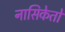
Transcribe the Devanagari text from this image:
नासिकेतो